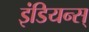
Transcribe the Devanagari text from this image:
इंडियन्स्